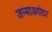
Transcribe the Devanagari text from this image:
जन्माअगोदर